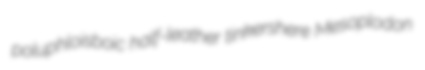
poluphloisboic half-leather tinkershere Mesoplodon